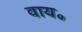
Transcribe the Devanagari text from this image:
वाय॰